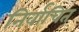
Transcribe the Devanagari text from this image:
निर्वाचित्